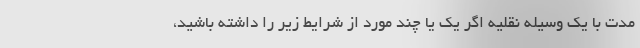
مدت با یک وسیله نقلیه اگر یک یا چند مورد از شرایط زیر را داشته باشید،